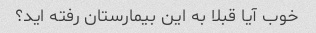
خوب آیا قبلا به این بیمارستان رفته اید؟